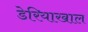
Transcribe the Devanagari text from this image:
डेरियाखाल